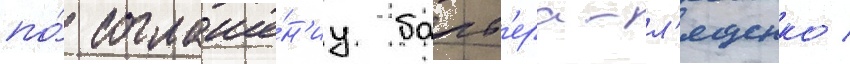
по́ соглаше́н'иу барб'ера-л'ященко /